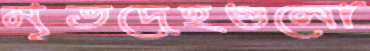
মৃতদেহগুলো